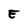
Character: E